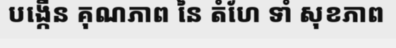
បង្កើន គុណភាព នៃ តំហែ ទាំ សុខភាព